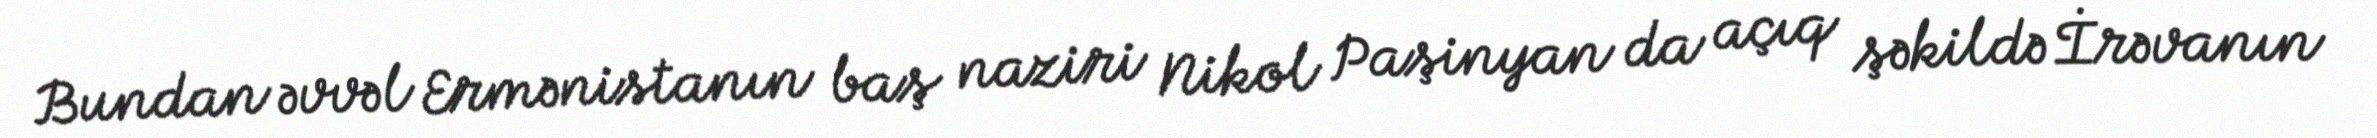
Bundan əvvəl Ermənistanın baş naziri Nikol Paşinyan da açıq şəkildə İrəvanın